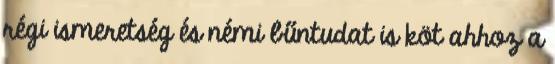
régi ismeretség és némi bűntudat is köt ahhoz a